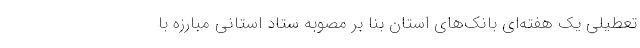
تعطیلی یک هفته‌ای بانک‌های استان بنا بر مصوبه ستاد استانی مبارزه با